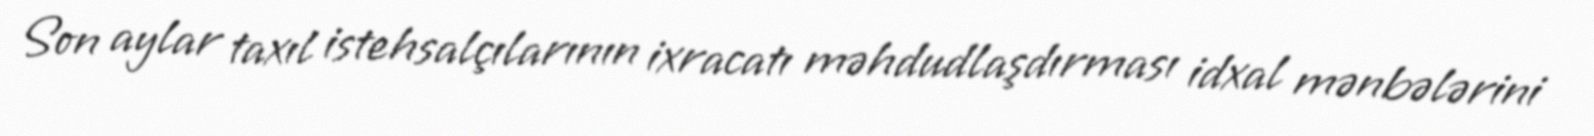
Son aylar taxıl istehsalçılarının ixracatı məhdudlaşdırması idxal mənbələrini